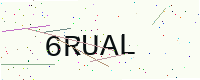
Text: 6RUAL